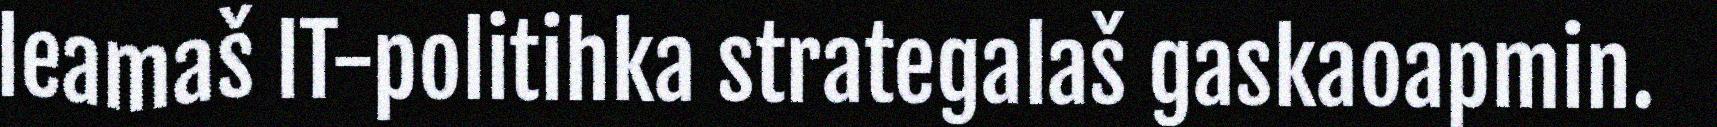
leamaš IT-politihka strategalaš gaskaoapmin.